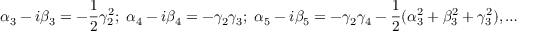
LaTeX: \alpha _ { 3 } - i \beta _ { 3 } = - \frac { 1 } { 2 } \gamma _ { 2 } ^ { 2 } ; \; \alpha _ { 4 } - i \beta _ { 4 } = - \gamma _ { 2 } \gamma _ { 3 } ; \; \alpha _ { 5 } - i \beta _ { 5 } = - \gamma _ { 2 } \gamma _ { 4 } - \frac { 1 } { 2 } ( \alpha _ { 3 } ^ { 2 } + \beta _ { 3 } ^ { 2 } + \gamma _ { 3 } ^ { 2 } ) , \dots